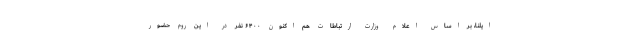
ایلنا، بر اساس اعلام وزارت ارتباطات هم اکنون ۶۴۰۰ نفر در این روم حضور